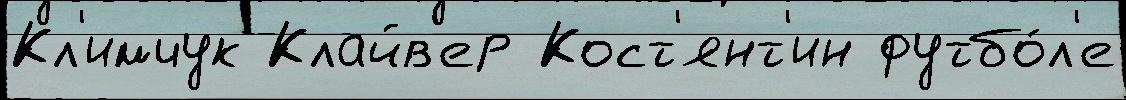
Кл'имчук Клайв'ер Кост'янт'ин футбо́л'е